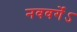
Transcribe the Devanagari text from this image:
नववर्गेऽ